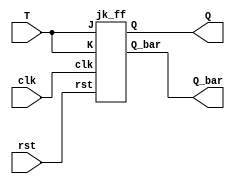
module t_ff(clk, rst,T, Q, Q_bar);
input clk,rst, T;
output Q,Q_bar;

jk_ff JKF(clk, rst, T, T, Q, Q_bar);

endmodule

module jk_ff(clk,rst, J,K, Q,Q_bar);  
   input clk,rst,J,K;
   output reg Q;
   output Q_bar;   
  
   always @(posedge clk)  
   begin
   if(!rst) begin
      case ({J,K})  
         2'b00 :  Q <= Q;  
         2'b01 :  Q <= 1'b0;  
         2'b10 :  Q <= 1'b1;  
         2'b11 :  Q <= ~Q;  
      endcase  
   end
   
   else
   Q = 1'b0;
   end
   assign Q_bar = ~Q;
endmodule